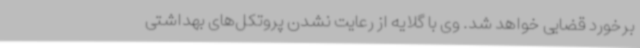
برخورد قضایی خواهد شد. وی با گلایه از رعایت نشدن پروتکل‌های بهداشتی